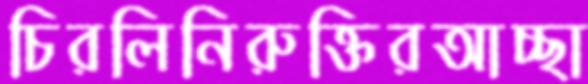
চিরলিনিরুক্তিরআচ্ছা